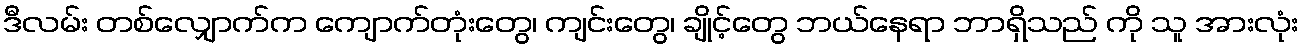
ဒီလမ်း တစ်လျှောက်က ကျောက်တုံးတွေ၊ ကျင်းတွေ၊ ချိုင့်တွေ ဘယ်နေရာ ဘာရှိသည် ကို သူ အားလုံး